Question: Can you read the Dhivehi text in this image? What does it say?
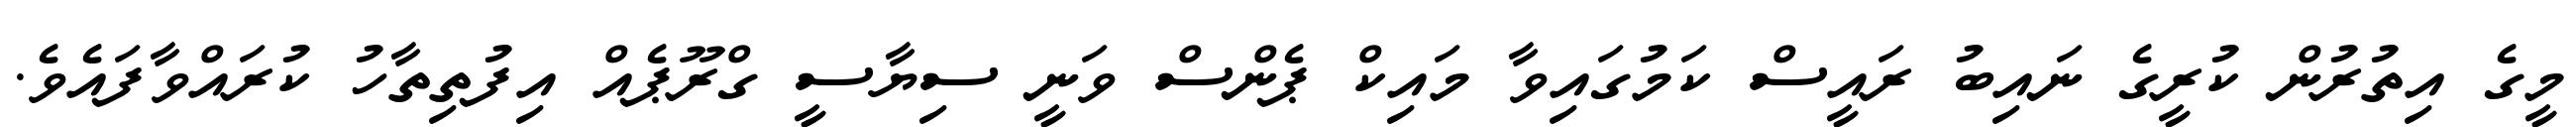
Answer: މީގެ އިތުރުން ކުރީގެ ނައިބު ރައީސް ކަމުގައިވާ މައިކް ޕެންސް ވަނީ ސިޔާސީ ގްރޫޕެއް އިފުތިތާހު ކުރައްވާފައެވެ.